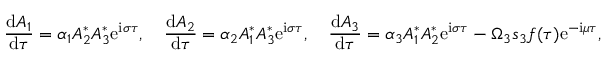
\frac { \mathrm { d } { A _ { 1 } } } { \mathrm { d } { \tau } } = \alpha _ { 1 } A _ { 2 } ^ { * } A _ { 3 } ^ { * } \mathrm { e } ^ { \mathrm { i } \sigma \tau } , \quad \frac { \mathrm { d } { A _ { 2 } } } { \mathrm { d } { \tau } } = \alpha _ { 2 } A _ { 1 } ^ { * } A _ { 3 } ^ { * } \mathrm { e } ^ { \mathrm { i } \sigma \tau } , \quad \frac { \mathrm { d } { A _ { 3 } } } { \mathrm { d } { \tau } } = \alpha _ { 3 } A _ { 1 } ^ { * } A _ { 2 } ^ { * } \mathrm { e } ^ { \mathrm { i } \sigma \tau } - \Omega _ { 3 } s _ { 3 } f ( \tau ) \mathrm { e } ^ { - \mathrm { i } \mu \tau } ,